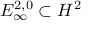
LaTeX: E _ { \infty } ^ { 2 , 0 } \subset H ^ { 2 }